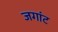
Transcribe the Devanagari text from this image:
जगांट